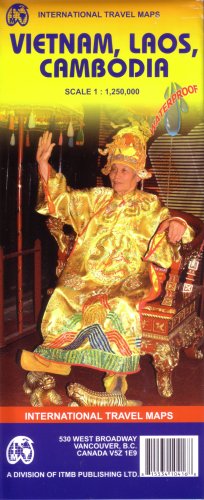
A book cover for Vietnam, Laos, and Cambodia Map; Travel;